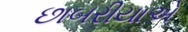
છાબરીયાએ